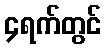
၄ရက်တွင်